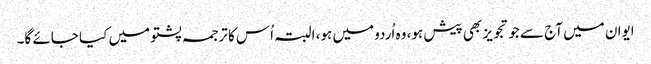
ایوان میں آج سے جو تجویز بھی پیش ہو، وہ اُردو میں ہو، البتہ اُس کا ترجمہ پشتو میں کیا جائے گا۔